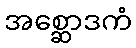
အစ္ဆောဒကံ